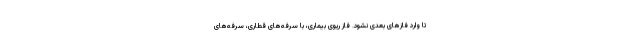
تا وارد فازهای بعدی نشود. فاز ریوی بیماری، با سرفه‌های قطاری، سرفه‌های